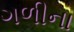
ગળીના